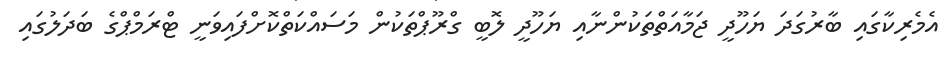
އެމެރިކާގައި ބާރުގަދަ ޔަހޫދީ ޖަމާއަތްތަކުންނާއި ޔަހޫދީ ލޮބީ ގްރޫޕްތަކުން މަސައްކަތްކޮށްފައިވަނީ ޓްރަމްޕްގެ ބަދަލުގައި